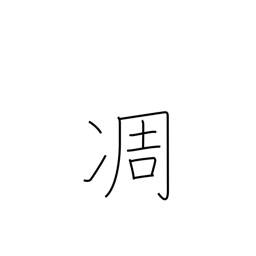
Meaning: wither